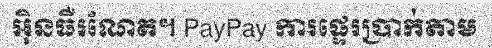
អ៊ិនធឺរណែត។ PayPay ការផ្ទេរប្រាក់តាម